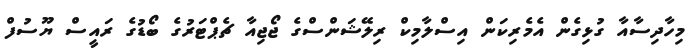
މިހާދިސާއާ ގުޅިގެން އެމެރިކަން އިސްލާމިކް ރިލޭޝަންސްގެ ޖޯޖިއާ ޗެޕްޓަރުގެ ބޯޑުގެ ރައީސް ޔޫސުފް